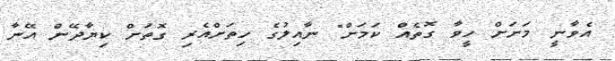
އެވާނީ މަށަށް ހީވާ ގޮތެއް ކަމަށް" ނާއިލުގެ ހިތަށްއެރި ގޮތަށް ކިޔާދޭން އޭނާ